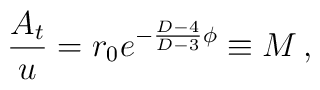
{A_t \over u} = r_0 e^{-{D-4 \over D-3} \phi} \equiv M\, ,